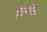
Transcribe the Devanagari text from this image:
थिंग्वेलिर